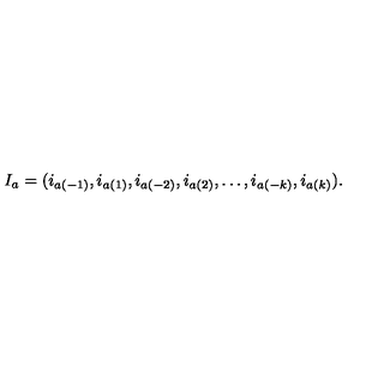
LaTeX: I _ { a } = ( i _ { a ( - 1 ) } , i _ { a ( 1 ) } , i _ { a ( - 2 ) } , i _ { a ( 2 ) } , \ldots , i _ { a ( - k ) } , i _ { a ( k ) } ) .